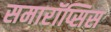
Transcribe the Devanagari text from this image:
समारॉप्सिस